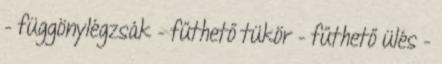
– függönylégzsák – fűthető tükör – fűthető ülés –